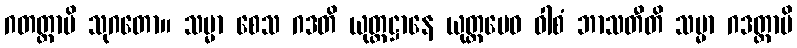
ဂတတ္တာပိ သုဂတော။ သမ္မာ စေသ ဂဒတိ ယုတ္တဋ္ဌာနေ ယုတ္တမေဝ ဝါစံ ဘာသတီတိ သမ္မာ ဂဒတ္တာပိ